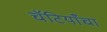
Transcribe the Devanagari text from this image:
चॅटियाँचा